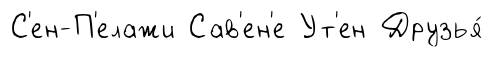
С'ен-П'елажи Сав'ен'е Ут'ен Друзья́